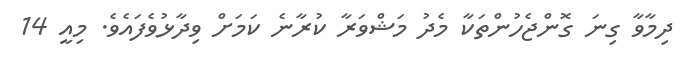
ދިމާވާ ގިނަ ގޮންޖެހުންތަކާ މެދު މަޝްވަރާ ކުރާނެ ކަމަށް ވިދާޅުވެފައެވެ. މިއީ 14